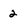
Character: 2